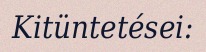
Kitüntetései: